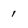
Character: 1